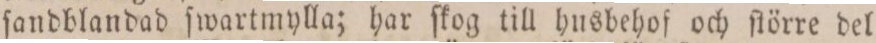
ſandblandad ſwartmylla; har ſkog till husbehof och ſtörre del